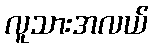
လူသားအလယ်